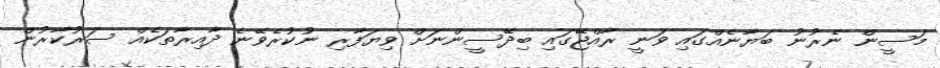
މަސީން ނެރުނު ބަޔާނެއްގައި ވަނީ ރާއްޖޭގައި ބިދޭސީންނަށް ވިޔަފާރި ނުކުރެވޭނެ ދާއިރާތަކެއް ސަރުކާރުން